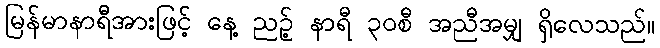
မြန်မာနာရီအားဖြင့် နေ့ ညဉ့် နာရီ ၃၀စီ အညီအမျှ ရှိလေသည်။